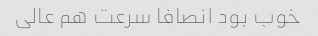
خوب بود انصافا سرعت هم عالی